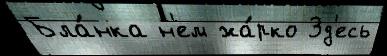
Бла́нка н'ем жа́рко Зд'есь